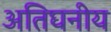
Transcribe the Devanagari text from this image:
अतिघनीय